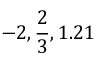
- 2 , { \frac { 2 } { 3 } } , 1 . 2 1